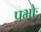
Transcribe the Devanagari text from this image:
प्रभोः